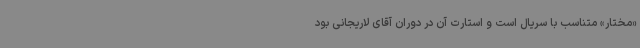
«مختار» متناسب با سریال است و استارت آن در دوران آقای لاریجانی بود